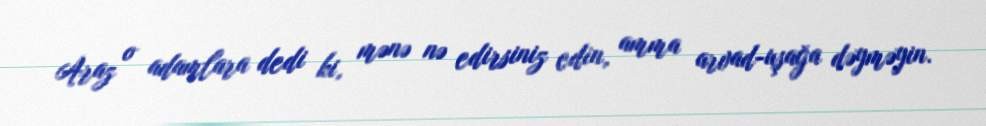
Araz o adamlara dedi ki, mənə nə edirsiniz edin, amma arvad-uşağa dəyməyin.